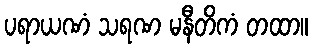
ပရာယဏံ သရဏ မနီတိကံ တထာ။